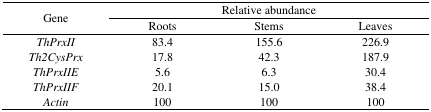
<table><thead><tr><td rowspan="3"><b>Gene</b></td><td colspan="3"><b>Relative abundance</b></td></tr><tr><td><b>Roots</b></td><td><b>Stems</b></td><td><b>Leaves</b></td></tr></thead><tbody><tr><td><i>ThPrxII</i></td><td>83.4</td><td>155.6</td><td>226.9</td></tr><tr><td><i>Th2CysPrx</i></td><td>17.8</td><td>42.3</td><td>187.9</td></tr><tr><td><i>ThPrxIIE</i></td><td>5.6</td><td>6.3</td><td>30.4</td></tr><tr><td><i>ThPrxIIF</i></td><td>20.1</td><td>15.0</td><td>38.4</td></tr><tr><td><i>Actin</i></td><td>100</td><td>100</td><td>100</td></tr></tbody></table>